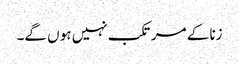
زنا کے مرتکب نہیں ہو ں گے۔